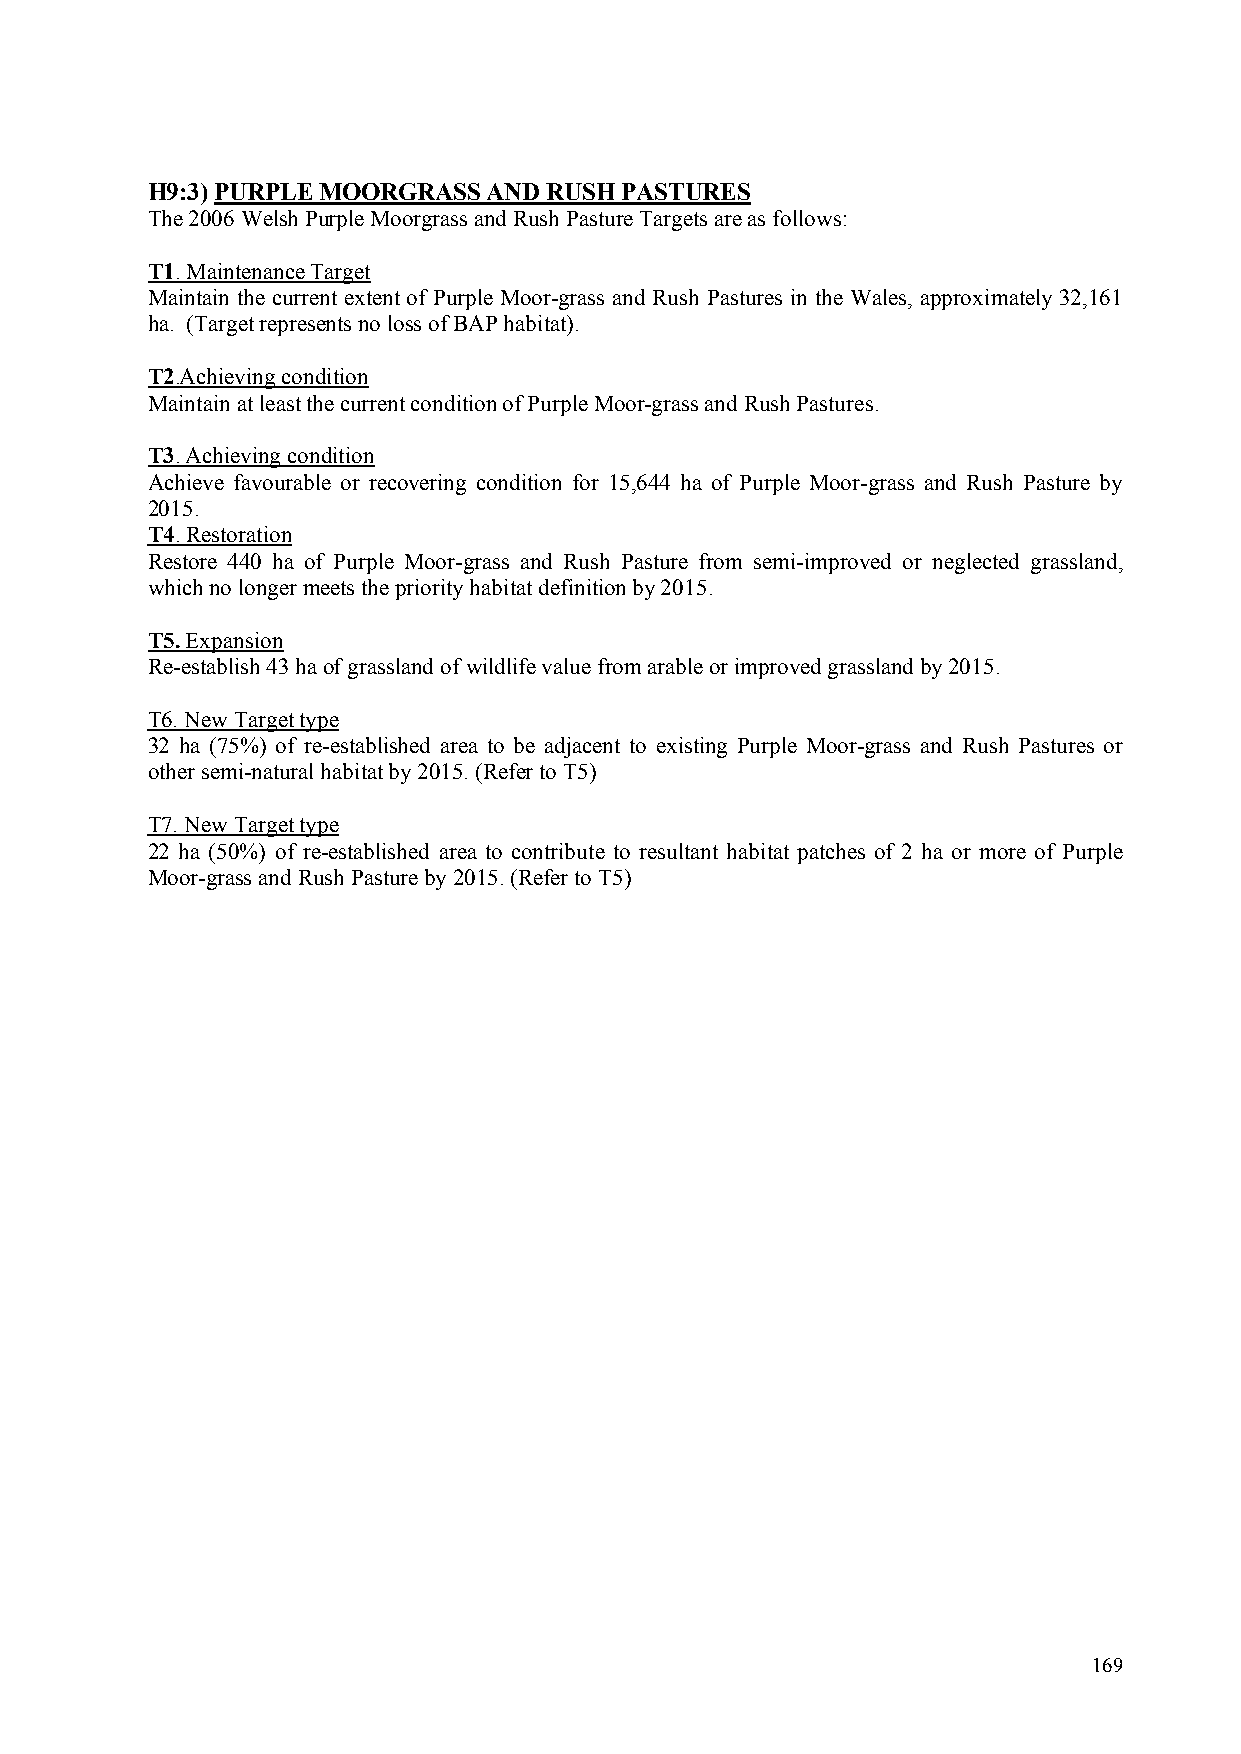
H9:3) PURPLE MOORGRASS AND RUSH PASTURES
 The 2006 Welsh Purple Moorgrass and Rush Pasture Targets are as follows:
 T1. Maintenance Target
 Maintain the current extent of Purple Moor-grass and Rush Pastures in the Wales, approximately 32,161
 ha. (Target represents no loss of BAP habitat).
 T2.Achieving condition
 Maintain at least the current condition of Purple Moor-grass and Rush Pastures.
 T3. Achieving condition
 Achieve favourable or recovering condition for 15,644 ha of Purple Moor-grass and Rush Pasture by
 2015.
 T4. Restoration
 Restore 440 ha of Purple Moor-grass and Rush Pasture from semi-improved or neglected grassland,
 which no longer meets the priority habitat definition by 2015.
 T5. Expansion
 Re-establish 43 ha of grassland of wildlife value from arable or improved grassland by 2015.
 T6. New Target type
 32 ha (75%) of re-established area to be adjacent to existing Purple Moor-grass and Rush Pastures or
 other semi-natural habitat by 2015. (Refer to T5)
 T7. New Target type
 22 ha (50%) of re-established area to contribute to resultant habitat patches of 2 ha or more of Purple
 Moor-grass and Rush Pasture by 2015. (Refer to T5)
 169